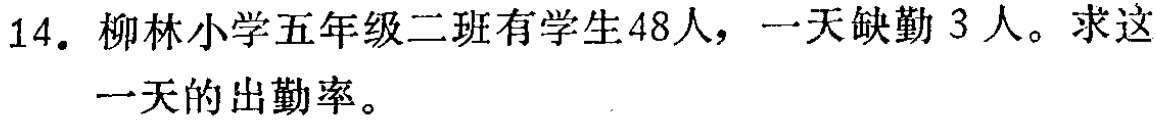
14. 柳林小学五年级二班有学生48人，一天缺勤3人。求这一天的出勤率。